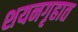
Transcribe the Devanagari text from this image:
शयनगृहात